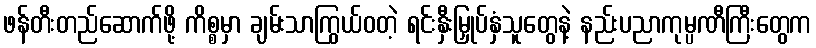
ဖန်တီးတည်ဆောက်ဖို့ ကိစ္စမှာ ချမ်းသာကြွယ်ဝတဲ့ ရင်းနှီးမြှုပ်နှံသူတွေနဲ့ နည်းပညာကုမ္ပဏီကြီးတွေက